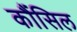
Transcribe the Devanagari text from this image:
कौंंसिल